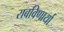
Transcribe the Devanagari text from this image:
राबविणार्या